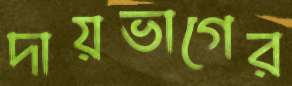
দায়ভাগের